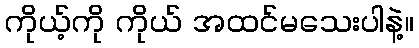
ကိုယ့်ကို ကိုယ် အထင်မသေးပါနဲ့။